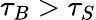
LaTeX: \tau_{B}>\tau_{S}